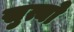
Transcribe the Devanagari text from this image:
सुत्यो